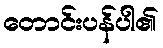
တောင်းပန်ပါ၏